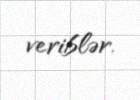
veriblər.